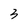
Character: 3